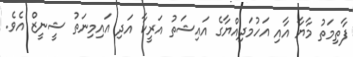
ފާތިމަތު މާޔާ އާއި އަހުމަދިއްޔާގެ އައިޝަތު އަރީކާ އަދި އައިމިނަތު ޝީނީޒް އެވެ.